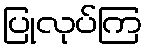
ပြုလုပ်ကြ